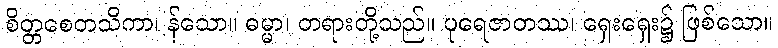
စိတ္တစေတသိကာ၊ န်သော။ ဓမ္မာ၊ တရားတို့သည်။ ပုရေဇာတဿ၊ ရှေးရှေး၌ ဖြစ်သော။